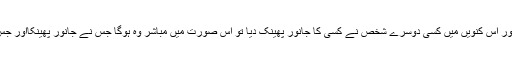
مثال: اگر ایک شخص نے کنواں کھودا اور اس کنویں میں کسی دوسرے شخص نے کسی کا جانور پھینک دیا تو اس صورت میں مباشر وہ ہوگا جس نے جانور پھینکااور جس نے کنواں کھودا وہ شخص متسبب ہوا۔